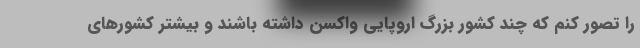
را تصور کنم که چند کشور بزرگ اروپایی واکسن داشته باشند و بیشتر کشورهای